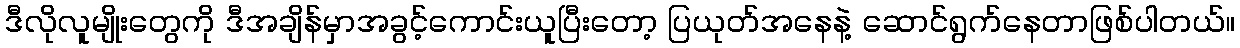
ဒီလိုလူမျိုးတွေကို ဒီအချိန်မှာအခွင့်ကောင်းယူပြီးတော့ ပြယုတ်အနေနဲ့ ဆောင်ရွက်နေတာဖြစ်ပါတယ်။